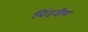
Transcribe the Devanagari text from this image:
बिंदवीय